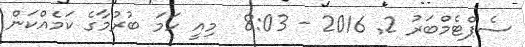
ސެޕްޓެމްބަރު 2